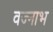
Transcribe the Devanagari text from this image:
वज्नाभ